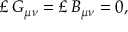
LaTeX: \pounds _ { \bf { \epsilon } } G _ { \mu \nu } = \pounds _ { \bf { \epsilon } } B _ { \mu \nu } = 0 ,